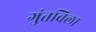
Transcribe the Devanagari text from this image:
गुंतविला